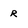
Character: R